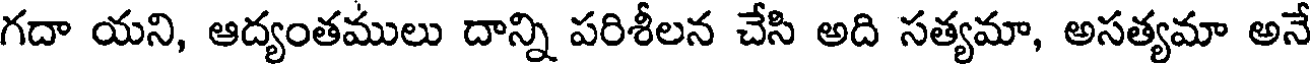
గదా యని, ఆద్యంతములు దాన్ని పరిశీలన చేసి అది సత్యమా, అసత్యమా అనే